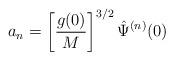
LaTeX: \begin{align*}a_{n}=\left[ \frac{g(0)}{M}\right] ^{3/2}\hat{\Psi}^{(n)}(0)\end{align*}